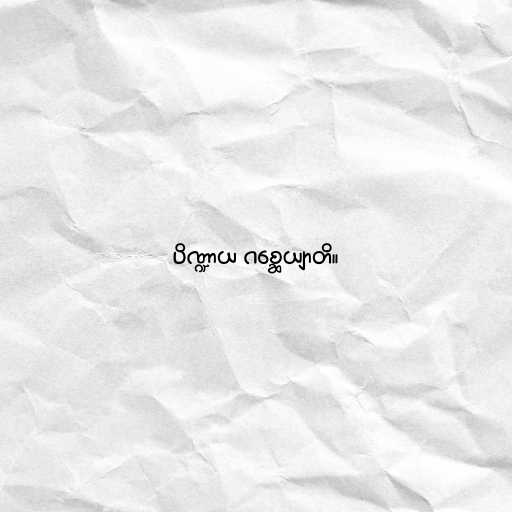
ပိဏ္ဍာယ ဂစ္ဆေယျာတိ။